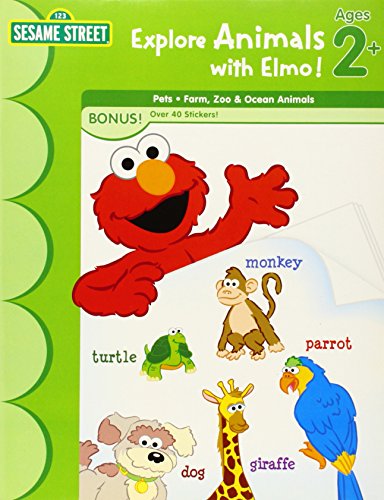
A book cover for Sesame Street Explore Animals with Elmo!: Ages 2+; Children's Books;